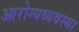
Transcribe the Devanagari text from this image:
आरोग्यव्यवस्था